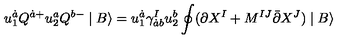
u _ { 1 } ^ { \dot { a } } Q ^ { \dot { a } + } u _ { 2 } ^ { a } Q ^ { b - } \mid B \rangle = u _ { 1 } ^ { \dot { a } } \gamma _ { \dot { a } b } ^ { I } u _ { 2 } ^ { b } \oint ( \partial X ^ { I } + M ^ { I J } \bar { \partial } X ^ { J } ) \mid B \rangle